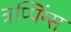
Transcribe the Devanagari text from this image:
त्रप्पिंग्स